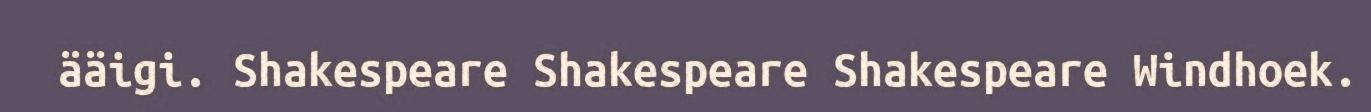
ääigi. Shakespeare Shakespeare Shakespeare Windhoek.